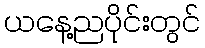
ယနေ့ညပိုင်းတွင်